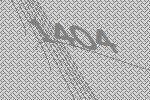
1404